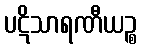
ပဋိသာရဏီယဉ္စ